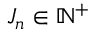
J _ { n } \in \mathbb { N } ^ { + }